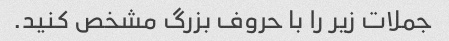
جملات زیر را با حروف بزرگ مشخص کنید.